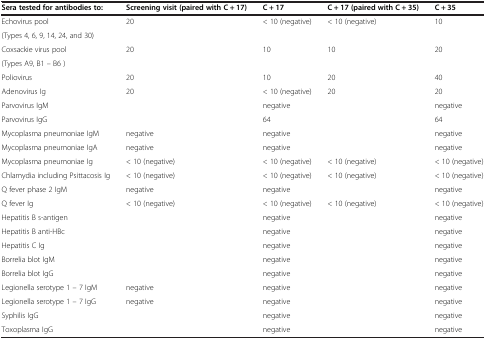
<table><thead><tr><td><b>Sera tested for antibodies to:</b></td><td><b>Screening visit (paired with C + 17)</b></td><td><b>C + 17</b></td><td><b>C + 17 (paired with C + 35)</b></td><td><b>C + 35</b></td></tr></thead><tbody><tr><td>Echovirus pool</td><td rowspan="2">20</td><td rowspan="2">&lt; 10 (negative)</td><td rowspan="2">&lt; 10 (negative)</td><td rowspan="2">10</td></tr><tr><td>(Types 4, 6, 9, 14, 24, and 30)</td></tr><tr><td>Coxsackie virus pool</td><td rowspan="2">20</td><td rowspan="2">10</td><td rowspan="2">10</td><td rowspan="2">20</td></tr><tr><td>(Types A9, B1 – B6 )</td></tr><tr><td>Poliovirus</td><td>20</td><td>10</td><td>20</td><td>40</td></tr><tr><td>Adenovirus Ig</td><td>20</td><td>&lt; 10 (negative)</td><td>20</td><td>20</td></tr><tr><td>Parvovirus IgM</td><td> </td><td>negative</td><td> </td><td>negative</td></tr><tr><td>Parvovirus IgG</td><td> </td><td>64</td><td> </td><td>64</td></tr><tr><td>Mycoplasma pneumoniae IgM</td><td>negative</td><td>negative</td><td> </td><td>negative</td></tr><tr><td>Mycoplasma pneumoniae IgA</td><td>negative</td><td>negative</td><td> </td><td>negative</td></tr><tr><td>Mycoplasma pneumoniae Ig</td><td>&lt; 10 (negative)</td><td>&lt; 10 (negative)</td><td>&lt; 10 (negative)</td><td>&lt; 10 (negative)</td></tr><tr><td>Chlamydia including Psittacosis Ig</td><td>&lt; 10 (negative)</td><td>&lt; 10 (negative)</td><td>&lt; 10 (negative)</td><td>&lt; 10 (negative)</td></tr><tr><td>Q fever phase 2 IgM</td><td>negative</td><td>negative</td><td> </td><td>negative</td></tr><tr><td>Q fever Ig</td><td>&lt; 10 (negative)</td><td>&lt; 10 (negative)</td><td>&lt; 10 (negative)</td><td>&lt; 10 (negative)</td></tr><tr><td>Hepatitis B s-antigen</td><td> </td><td>negative</td><td> </td><td>negative</td></tr><tr><td>Hepatitis B anti-HBc</td><td> </td><td>negative</td><td> </td><td>negative</td></tr><tr><td>Hepatitis C Ig</td><td> </td><td>negative</td><td> </td><td>negative</td></tr><tr><td>Borrelia blot IgM</td><td> </td><td>negative</td><td> </td><td>negative</td></tr><tr><td>Borrelia blot IgG</td><td> </td><td>negative</td><td> </td><td>negative</td></tr><tr><td>Legionella serotype 1 – 7 IgM</td><td>negative</td><td>negative</td><td> </td><td>negative</td></tr><tr><td>Legionella serotype 1 – 7 IgG</td><td>negative</td><td>negative</td><td> </td><td>negative</td></tr><tr><td>Syphilis IgG</td><td> </td><td>negative</td><td> </td><td>negative</td></tr><tr><td>Toxoplasma IgG</td><td> </td><td>negative</td><td> </td><td>negative</td></tr></tbody></table>